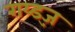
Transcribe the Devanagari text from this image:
राय्ड्ज़